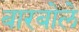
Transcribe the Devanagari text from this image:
बारबोले